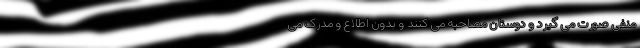
منفی صورت می گیرد و دوستان مصاحبه می کنند و بدون اطلاع و مدرک می